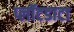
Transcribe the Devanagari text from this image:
प्लॉटडाटा